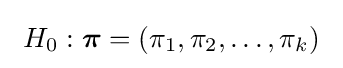
~H_{0}:{\boldsymbol {\pi }}=(\pi _{1},\pi _{2},\ldots ,\pi _{k})~